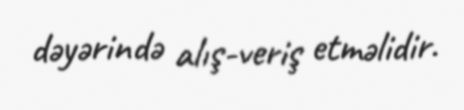
dəyərində alış-veriş etməlidir.